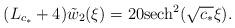
LaTeX: \begin{align*}(L_{c_*}+4) \tilde{w}_2(\xi) = 20 {\rm sech}^2(\sqrt{c_*} \xi).\end{align*}